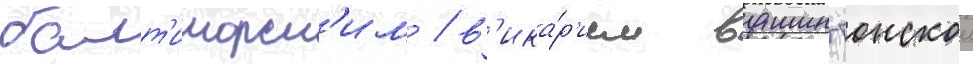
балт'иморск'им / в'ика́р'ием вашингтонскои